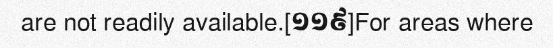
are not readily available.[១១៩]For areas where